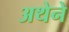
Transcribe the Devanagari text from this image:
अथेने